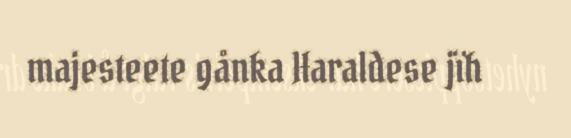
majesteete gånka Haraldese jïh